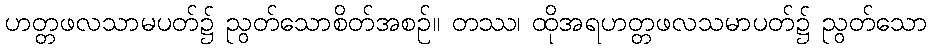
ဟတ္တဖလသာမပတ်၌ ညွတ်သောစိတ်အစဉ်။ တဿ၊ ထိုအရဟတ္တဖလသမာပတ်၌ ညွတ်သော